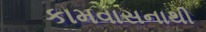
કામવાસનાથી